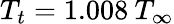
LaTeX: T_{t}=1.008\: T_{\infty}